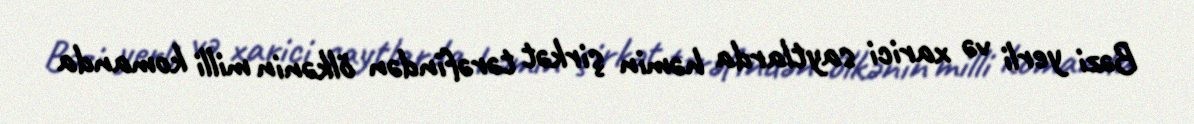
Bəzi yerli və xarici saytlarda həmin şirkət tərəfindən ölkənin milli komanda